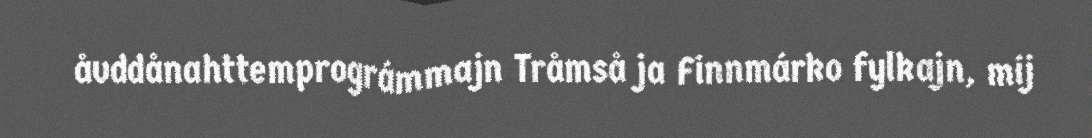
åvddånahttemprográmmajn Tråmså ja Finnmárko fylkajn, mij